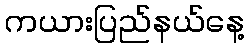
ကယားပြည်နယ်နေ့